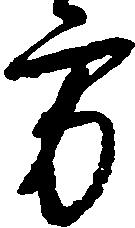
方